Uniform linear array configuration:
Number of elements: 4
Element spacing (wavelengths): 0.25
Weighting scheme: exponential
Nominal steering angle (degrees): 15
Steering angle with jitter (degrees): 16.487
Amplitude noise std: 0.05
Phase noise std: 0.05

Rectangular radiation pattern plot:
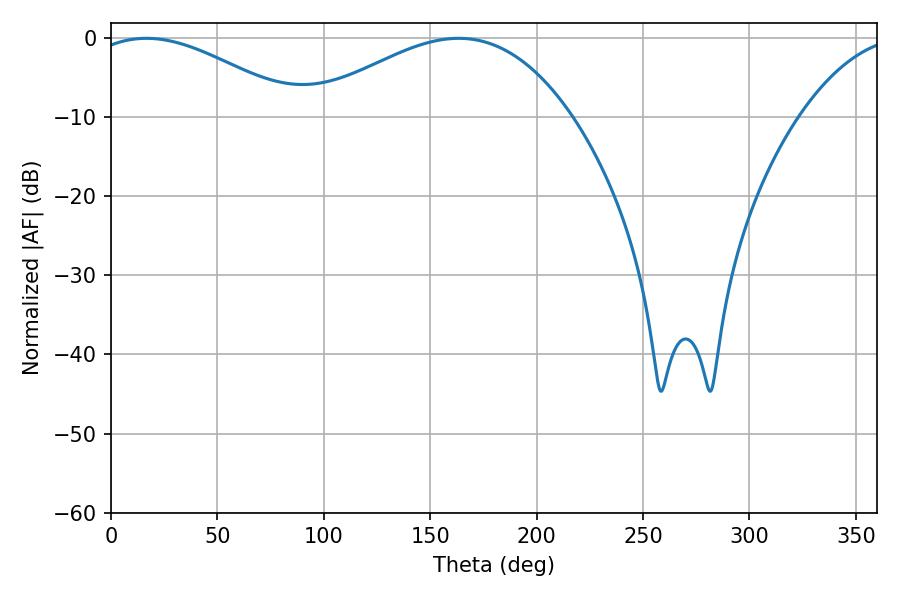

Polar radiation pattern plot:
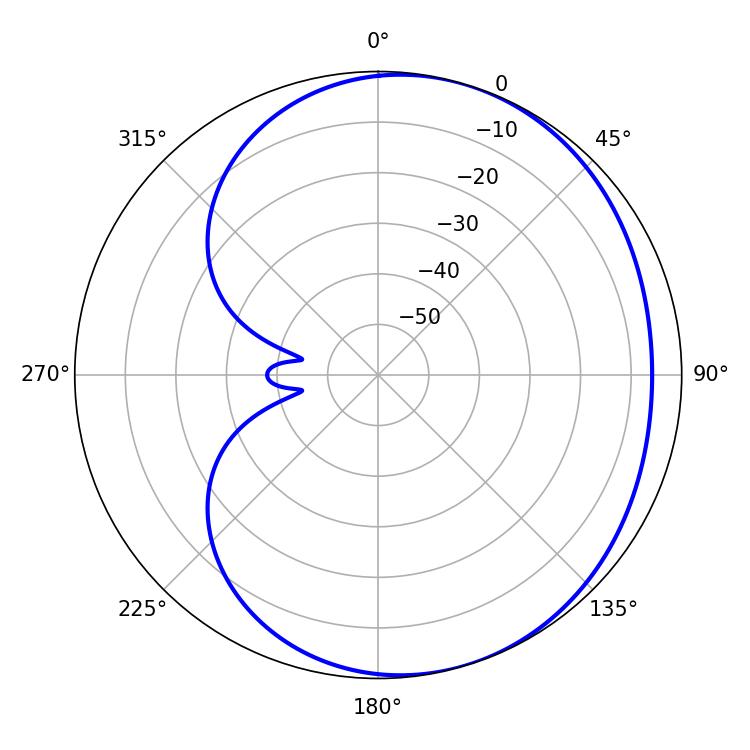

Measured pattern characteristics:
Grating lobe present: FALSE
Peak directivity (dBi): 3.505
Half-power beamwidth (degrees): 54.36
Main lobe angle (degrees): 16.56